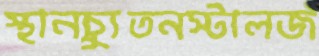
স্থানচ্যুতনস্টালজ